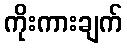
ကိုးကားချက်